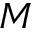
M